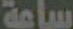
ساعة